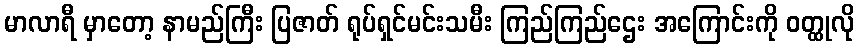
မာလာရီ မှာတော့ နာမည်ကြီး ပြဇာတ် ရုပ်ရှင်မင်းသမီး ကြည်ကြည်ဌေး အကြောင်းကို ဝတ္ထုလို